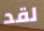
لقد